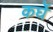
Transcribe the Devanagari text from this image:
कर्घे